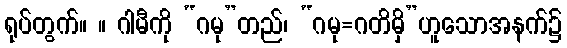
ရုပ်တွက်။ ။ ဂါမီကို “ဂမု”တည်၊ “ဂမု=ဂတိမှိ”ဟူသောအနက်၌